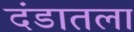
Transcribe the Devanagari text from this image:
दंडातला